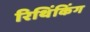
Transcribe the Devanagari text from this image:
रिथिंकिंग